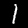
Label: 1